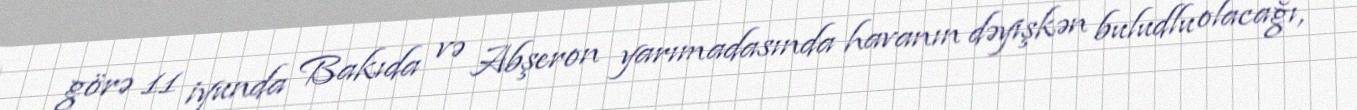
görə 11 iyunda Bakıda və Abşeron yarımadasında havanın dəyişkən buludlu olacağı,